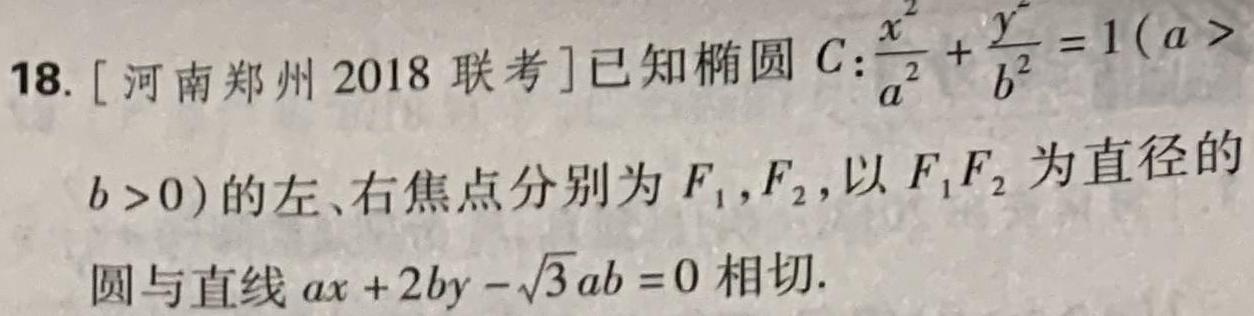
18. [河南郑州 2018 联考]已知椭圆$C:\frac{x^{2}}{a^{2}}+\frac{y^{2}}{b^{2}} = 1(a > b > 0)$的左、右焦点分别为$F_{1},F_{2}$,以$F_{1}F_{2}$为直径的圆与直线$ax + 2by-\sqrt{3}ab = 0$相切.